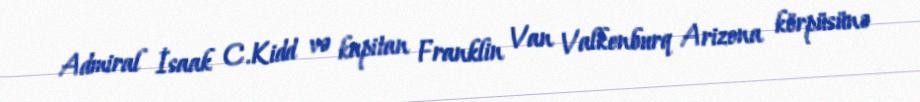
Admiral İsaak C.Kidd və kapitan Franklin Van Valkenburq Arizona körpüsünə